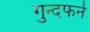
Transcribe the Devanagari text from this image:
गुन्दफर्न